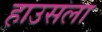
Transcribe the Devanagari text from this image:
हाउसला